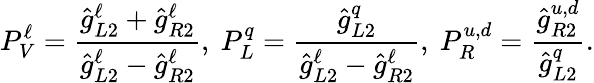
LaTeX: P_{V}^{\ell}=\frac{\hat{g}_{L2}^{\ell}+\hat{g}_{R2}^{\ell}}{\hat{g}_{L2}^{\ell}-\hat{g}_{R2}^{\ell}},\ P_{L}^{q}=\frac{\hat{g}_{L2}^{q}}{\hat{g}_{L2}^{\ell}-\hat{g}_{R2}^{\ell}},\ P_{R}^{u,d}=\frac{\hat{g}_{R2}^{u,d}}{\hat{g}_{L2}^{q}}.